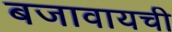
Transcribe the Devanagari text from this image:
बजावायची